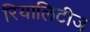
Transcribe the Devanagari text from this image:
रियालिटीज